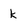
Character: k